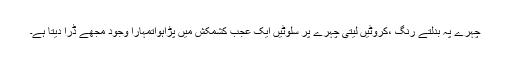
چہرے پہ بدلتے رنگ ،کروٹیں لیتی چہرے پر سلوٹیں ایک عجب کشمکش میں پڑاہواتمہارا وجود مجھے ڈرا دیتا ہے۔